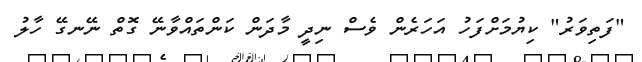
"ފަތިވަރު" ކިޔުމަށްފަހު އަހަރެން ވެސް ނިދީ މާދަން ކަންތައްވާނޭ ގޮތް ނޭނގޭ ހާލު